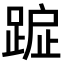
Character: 𨂇